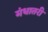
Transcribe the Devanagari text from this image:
मंधातरी